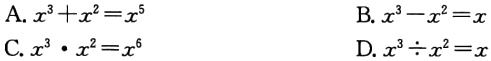
A. \(x^{3}+x^{2}=x^{5}\)

B. \(x^{3}-x^{2}=x\)

C. \(x^{3}\cdot x^{2}=x^{6}\)

D. \(x^{3}\div x^{2}=x\)